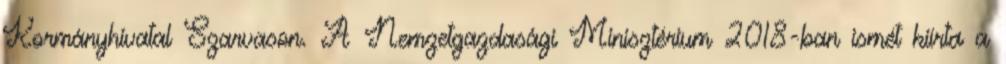
Kormányhivatal Szarvason. A Nemzetgazdasági Minisztérium 2018-ban ismét kiírta a